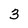
Character: 3